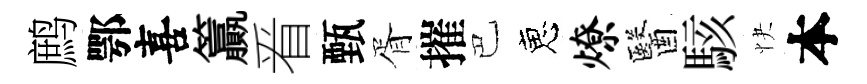
鹧鄂喜籯㸔甄胥摧巴恵燎醫駭快本